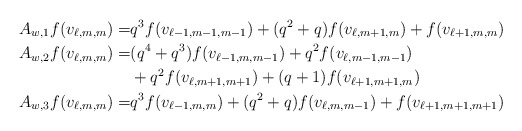
\begin{align*}A_{w,1}f(v_{\ell,m,m})=&q^3f(v_{\ell-1,m-1,m-1})+(q^2+q)f(v_{\ell,m+1,m})+f(v_{\ell+1,m,m})\\A_{w,2}f(v_{\ell,m,m})=&(q^4+q^3)f(v_{\ell-1,m,m-1})+q^2f(v_{\ell,m-1,m-1})\\&+q^2f(v_{\ell,m+1,m+1})+(q+1)f(v_{\ell+1,m+1,m})\\A_{w,3}f(v_{\ell,m,m})=&q^3f(v_{\ell-1,m,m})+(q^2+q)f(v_{\ell,m,m-1})+f(v_{\ell+1,m+1,m+1})\end{align*}